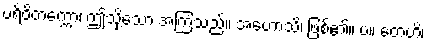
ပရိဝိတက္ကော၊ ဤသို့သော အကြံသည်။ အဟောသိ၊ ဖြစ်၏။ ပ။ တေဟိ၊